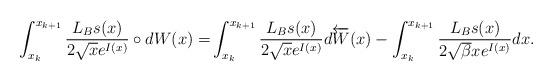
LaTeX: \begin{align*} \int_{x_k}^{x_{k+1}} \frac{L_B s(x)}{2\sqrt{x}e^{ I(x)}} \circ dW(x)=&\int_{x_k}^{x_{k+1}} \frac{L_B s(x)}{2\sqrt{x}e^{ I(x)}} d\overleftarrow{W}(x) - \int_{x_k}^{x_{k+1}} \frac{L_B s(x)}{2\sqrt{\beta}x e^{ I(x)}} dx.\end{align*}